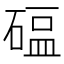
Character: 𬒖